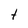
Character: t